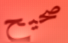
صحيح